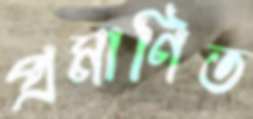
প্রমাণিত